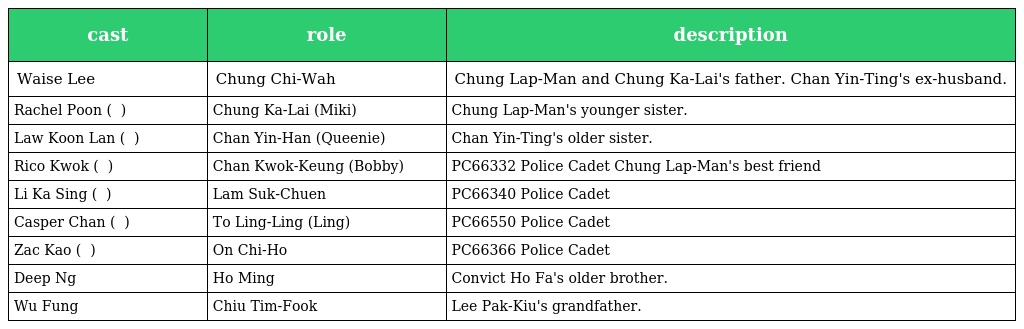
| cast | role | description |
 | --- | --- | --- |
 | Waise Lee | Chung Chi-Wah 鍾志華 | Chung Lap-Man and Chung Ka-Lai's father. Chan Yin-Ting's ex-husband. |
 | Rachel Poon ( 潘曉彤 ) | Chung Ka-Lai (Miki) 鍾家麗 | Chung Lap-Man's younger sister. |
 | Law Koon Lan ( 羅冠蘭 ) | Chan Yin-Han (Queenie) 陳燕蘭 | Chan Yin-Ting's older sister. |
 | Rico Kwok ( 郭力行 ) | Chan Kwok-Keung (Bobby) 陳國強 | PC66332 Police Cadet Chung Lap-Man's best friend |
 | Li Ka Sing ( 李家聲 ) | Lam Suk-Chuen 林叔泉 | PC66340 Police Cadet |
 | Casper Chan ( 陳凱怡 ) | To Ling-Ling (Ling) 姚玲玲 | PC66550 Police Cadet |
 | Zac Kao ( 高皓正 ) | On Chi-Ho 安子豪 | PC66366 Police Cadet |
 | Deep Ng | Ho Ming 何明 | Convict Ho Fa's older brother. |
 | Wu Fung | Chiu Tim-Fook 趙添福 | Lee Pak-Kiu's grandfather. |